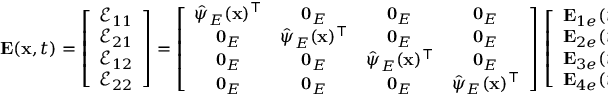
\begin{array} { r } { { \bf E } ( { \bf x } , t ) = \left[ \begin{array} { c } { \mathcal { E } _ { 1 1 } } \\ { \mathcal { E } _ { 2 1 } } \\ { \mathcal { E } _ { 1 2 } } \\ { \mathcal { E } _ { 2 2 } } \end{array} \right] = \left[ \begin{array} { c c c c } { \hat { \boldsymbol { \psi } } _ { E } ( { \bf x } ) ^ { \top } } & { { \bf 0 } _ { E } } & { { \bf 0 } _ { E } } & { { \bf 0 } _ { E } } \\ { { \bf 0 } _ { E } } & { \hat { \boldsymbol { \psi } } _ { E } ( { \bf x } ) ^ { \top } } & { { \bf 0 } _ { E } } & { { \bf 0 } _ { E } } \\ { { \bf 0 } _ { E } } & { { \bf 0 } _ { E } } & { \hat { \boldsymbol { \psi } } _ { E } ( { \bf x } ) ^ { \top } } & { { \bf 0 } _ { E } } \\ { { \bf 0 } _ { E } } & { { \bf 0 } _ { E } } & { { \bf 0 } _ { E } } & { \hat { \boldsymbol { \psi } } _ { E } ( { \bf x } ) ^ { \top } } \end{array} \right] \, \left[ \begin{array} { c } { { \bf E } _ { 1 e } ( t ) } \\ { { \bf E } _ { 2 e } ( t ) } \\ { { \bf E } _ { 3 e } ( t ) } \\ { { \bf E } _ { 4 e } ( t ) } \end{array} \right] = \hat { \bf N } _ { E } ( { \bf x } ) \, { \bf E } _ { e } ( t ) \, , } \end{array}